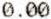
0.00